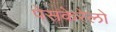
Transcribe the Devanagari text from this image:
पेसकेरेलो